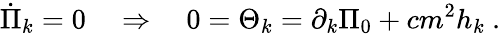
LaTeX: \dot{\Pi}_{k}=0\quad\Rightarrow\quad 0=\Theta_{k}=\partial_{k}\Pi_{0}+cm^{2}h_{k}\ .